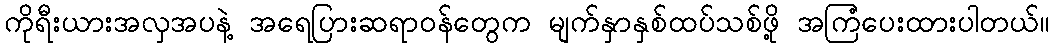
ကိုရီးယားအလှအပနဲ့ အရေပြားဆရာဝန်တွေက မျက်နှာနှစ်ထပ်သစ်ဖို့ အကြံပေးထားပါတယ်။